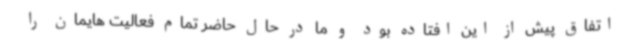
اتفاق پیش از این افتاده بود و ما در حال حاضر تمام فعالیت هایمان را